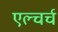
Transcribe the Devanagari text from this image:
एल्चर्च